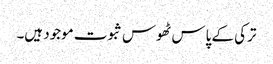
ترکی کے پاس ٹھوس ثبوت موجود ہیں۔